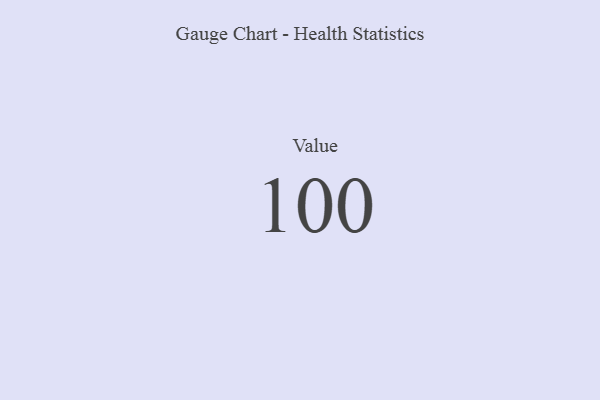
{"axis": {"x": "Metric", "y": "Value"}, "legend": [""], "data": [{"x": "Value", "y": 100, "type": ""}]}